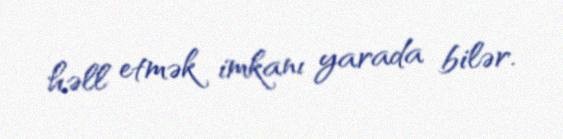
həll etmək imkanı yarada bilər.